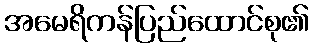
အမေရိကန်ပြည်ထောင်စု၏